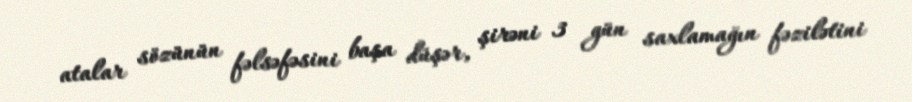
atalar sözünün fəlsəfəsini başa düşər, şirəni 3 gün saxlamağın fəzilətini